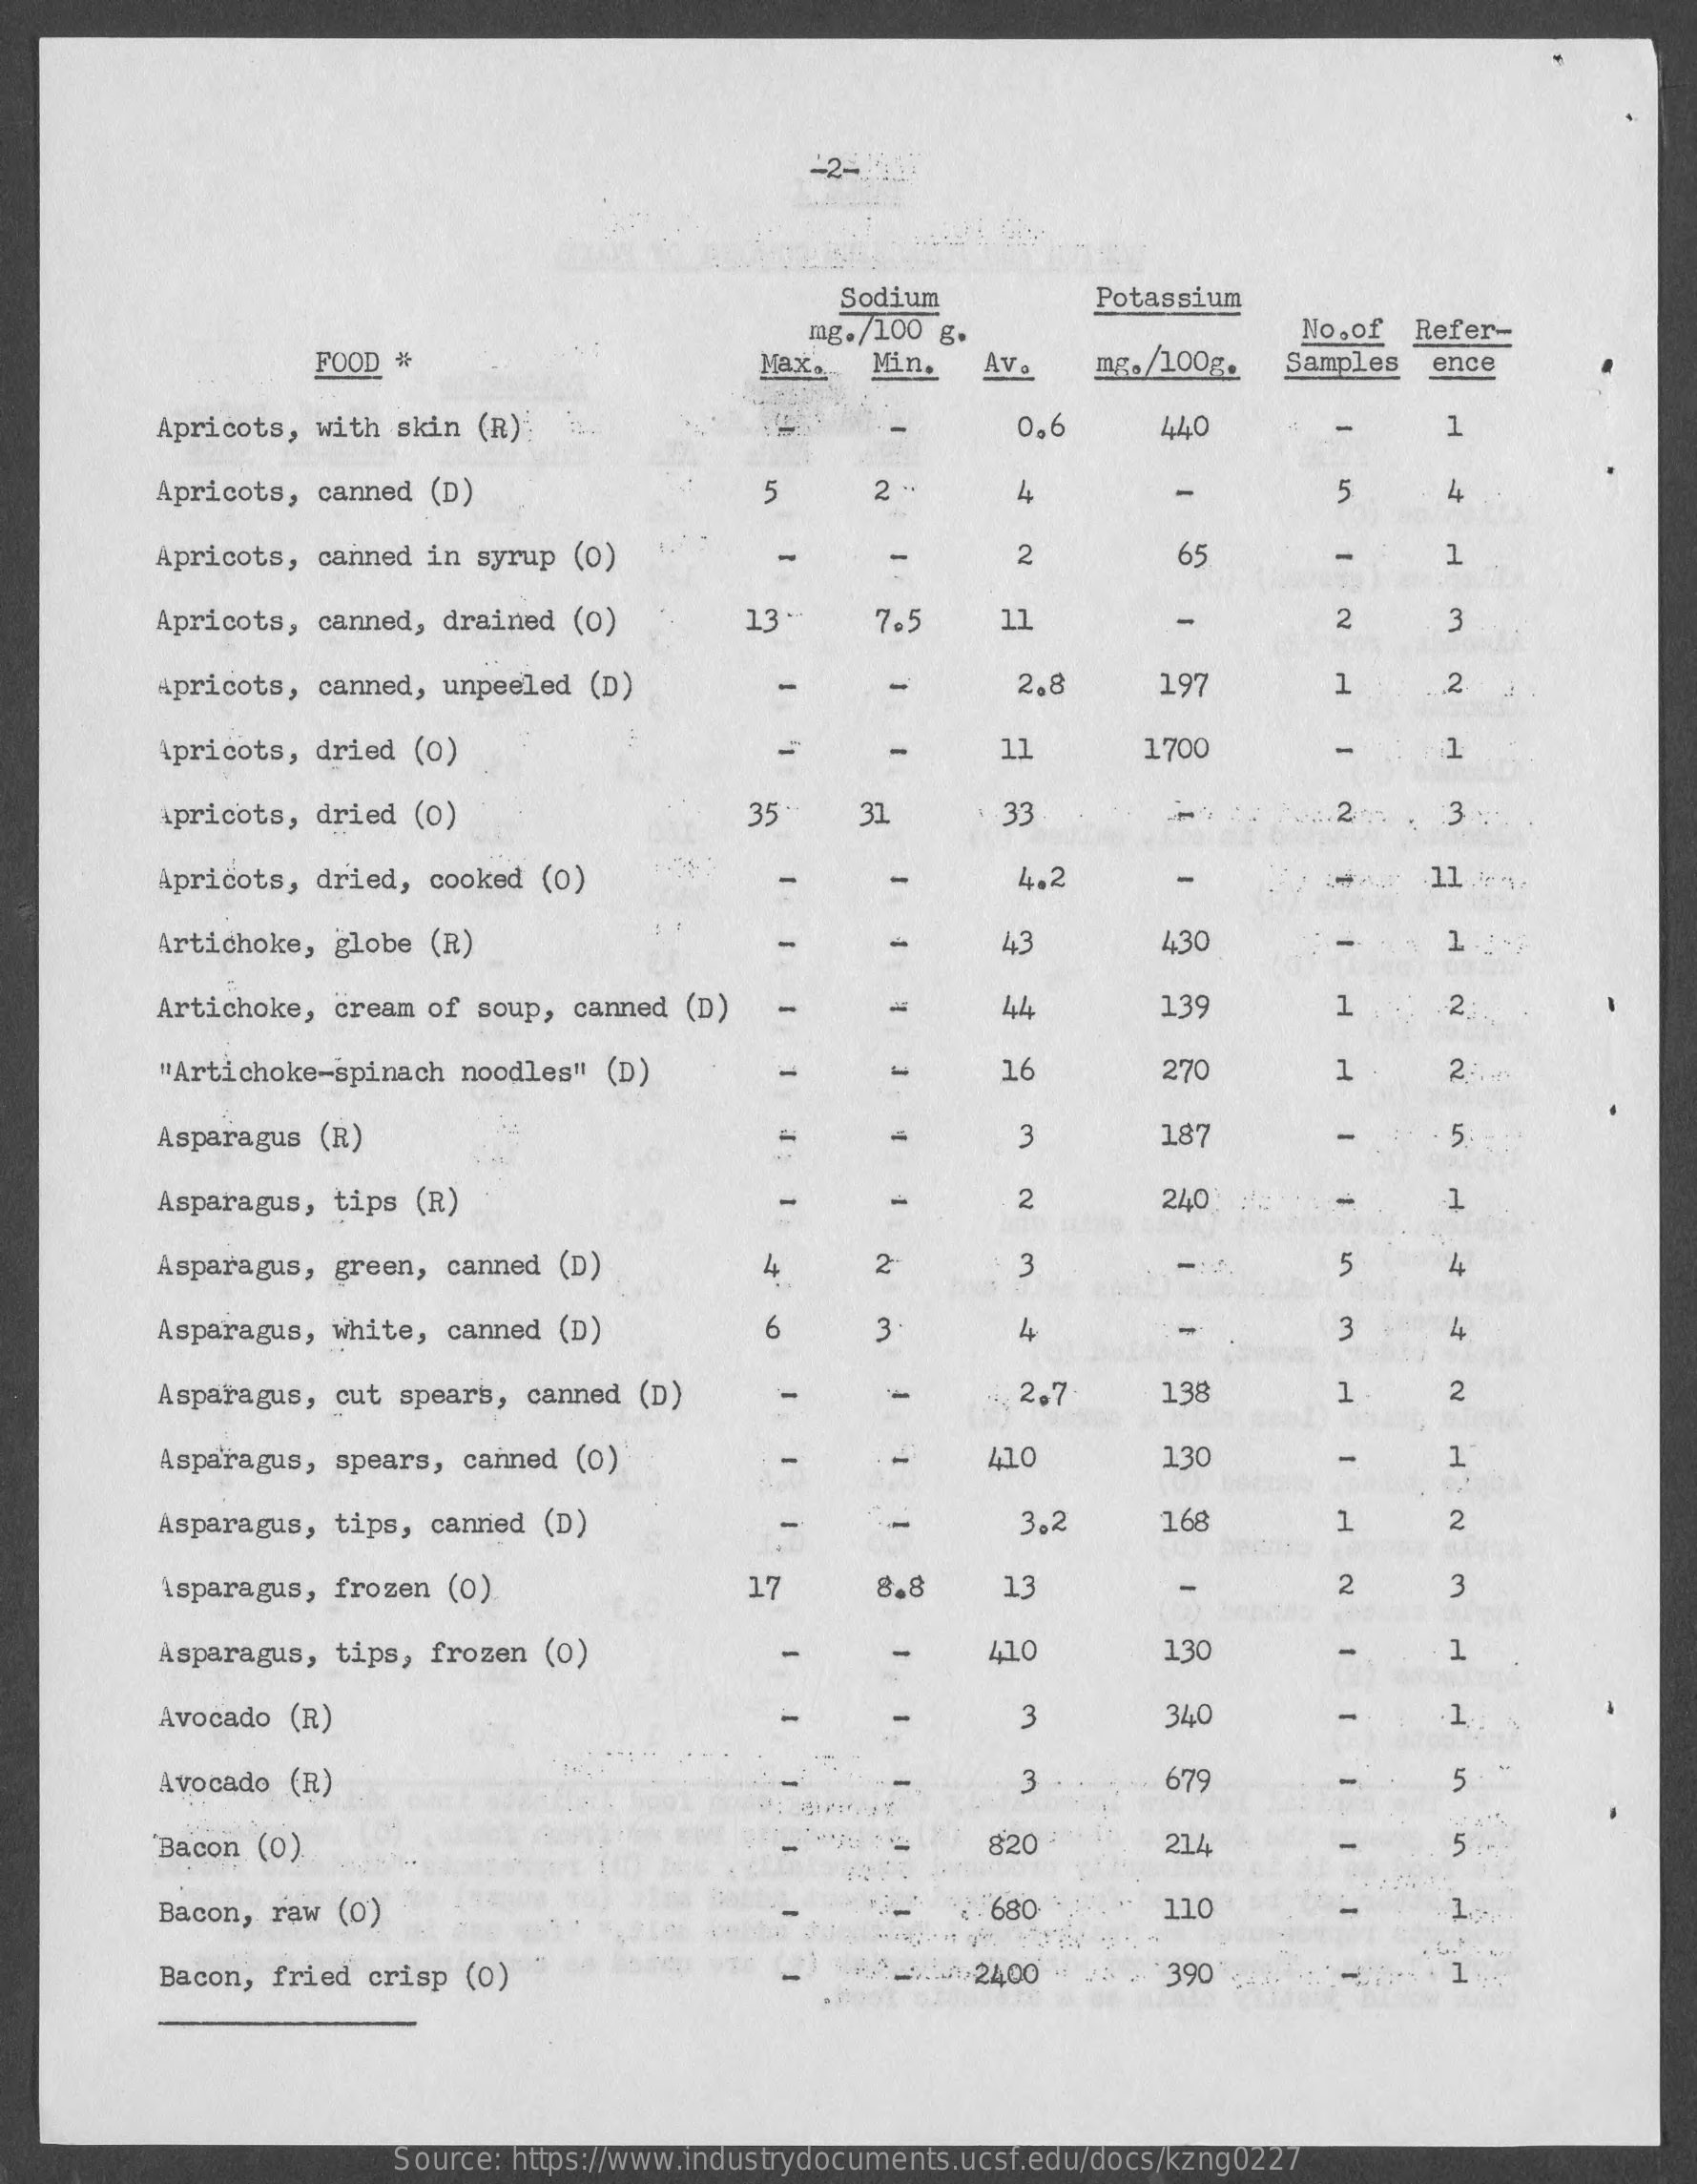
-2-1437
     Sodium    Potassium
     mg./100 g.    No . of Refer-
     FOOD #    Max.   Min.   Av .   mg. /100g.   Samples  ence
     Apricots,  with skin (R):    0,6    440    1
     Apricots,  canned (D)    5    2 -    4    -    5
     Apricots, canned in syrup (0)    2    65    -    1
     Apricots, canned,  drained (0)    13.    7.5    11    2    3
     Apricots, canned, unpeeled (D)    2.8    197    1    2
     Apricots, dried (0)    11    1700    1
     Apricots, dried (0)    35    31    33    .. 2  . 3
     Apricots, dried, cooked (0)    4.2
     Artichoke, globe (R)    -    43    430    1
     Artichoke, cream of soup, canned  (D)    =    44    13    1    2
     "Artichoke-spinach noodles" (D)    16    270    1    2 ...
     Asparagus (R)    3    187    5
     Asparagus,  tips (R)    2    240    1
     Asparagus,  green, canned (D)    2    3    5
     Asparagus,  white, canned  (D)    3    4    3    4
     Asparagus,  cut spears, canned (D)    2.7    138    1    2
     Asparagus, spears, canned  (0)    410    130    -    1
     Asparagus, tips, canned (D)    3.2    168    1    2
     Asparagus, frozen (0)    17    8.8    13    2    3
     Asparagus, tips, frozen (0)    41.0    130    1
     Avocado (R)    3    340    1
     Avocado (R)    3    679    5
     Bacon (0).    820    214    5
     Bacon, raw (0)    680    110
     Bacon, fried crisp (0)    /2400    390
     Source: https://www.industrydocuments.ucsf.edu/docs/kzng0227